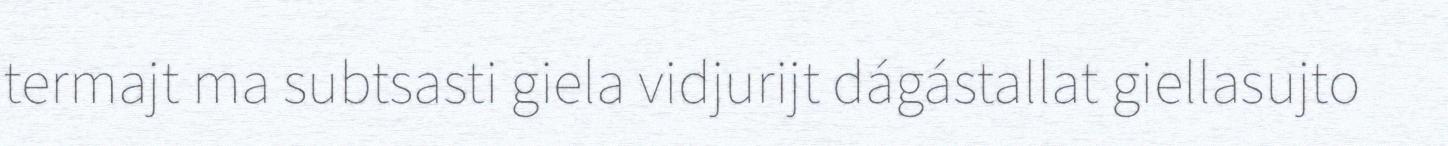
termajt ma subtsasti giela vidjurijt dágástallat giellasujto